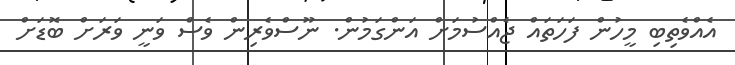
އެއްވެތިބި މީހުން ފަހަތައް ޖެއްސުމަށް އަންގަމުން. ނޫސްވެރިން ވެސް ވަނީ ވަރަށް ބޮޑަށް